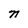
Character: n